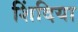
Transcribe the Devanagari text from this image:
शिंदिया